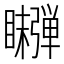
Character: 𬑫